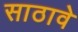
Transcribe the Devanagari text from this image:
साठावे